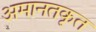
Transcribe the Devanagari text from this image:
अमानतकृत